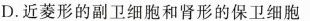
D.近菱形的副卫细胞和肾形的保卫细胞